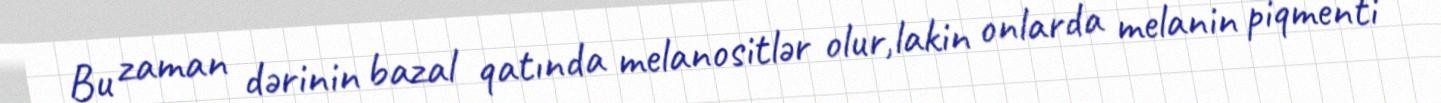
Bu zaman dərinin bazal qatında melanositlər olur,lakin onlarda melanin piqmenti